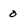
Character: 0